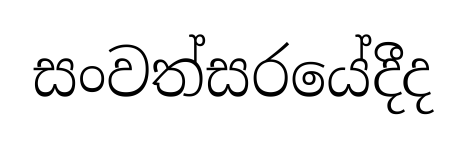
සංවත්සරයේදීද